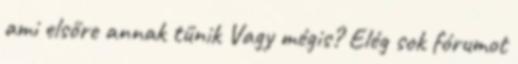
ami elsőre annak tűnik Vagy mégis? Elég sok fórumot